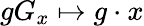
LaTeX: gG_{x}\mapsto g\cdot x